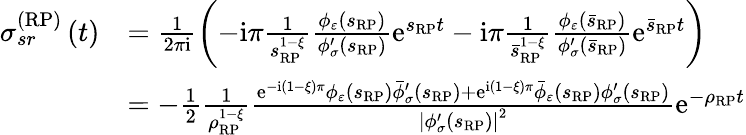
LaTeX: \begin{array}{rl}{\sigma_{sr}^{\left(\mathrm{RP}\right)}\left(t\right)}&{=\frac{1}{2\pi\mathrm{i}}\left(-\mathrm{i}\pi\frac{1}{s_{\scriptscriptstyle{\mathrm{RP}}}^{1-\xi}}\frac{\phi_{\varepsilon}\left(s_{\scriptscriptstyle{\mathrm{RP}}}\right)}{\phi_{\sigma}^{\prime}\left(s_{\scriptscriptstyle{\mathrm{RP}}}\right)}\mathrm{e}^{s_{\scriptscriptstyle{\mathrm{RP}}}t}-\mathrm{i}\pi\frac{1}{\bar{s}_{\scriptscriptstyle{\mathrm{RP}}}^{1-\xi}}\frac{\phi_{\varepsilon}\left(\bar{s}_{\scriptscriptstyle{\mathrm{RP}}}\right)}{\phi_{\sigma}^{\prime}\left(\bar{s}_{\scriptscriptstyle{\mathrm{RP}}}\right)}\mathrm{e}^{\bar{s}_{\scriptscriptstyle{\mathrm{RP}}}t}\right)}\\ &{=-\frac{1}{2}\frac{1}{\rho_{\scriptscriptstyle{\mathrm{RP}}}^{1-\xi}}\frac{\mathrm{e}^{-\mathrm{i}\left(1-\xi\right)\pi}\phi_{\varepsilon}\left(s_{\scriptscriptstyle{\mathrm{RP}}}\right)\bar{\phi}_{\sigma}^{\prime}\left(s_{\scriptscriptstyle{\mathrm{RP}}}\right)+\mathrm{e}^{\mathrm{i}\left(1-\xi\right)\pi}\bar{\phi}_{\varepsilon}\left(s_{\scriptscriptstyle{\mathrm{RP}}}\right)\phi_{\sigma}^{\prime}\left(s_{\scriptscriptstyle{\mathrm{RP}}}\right)}{\left\vert\phi_{\sigma}^{\prime}\left(s_{\scriptscriptstyle{\mathrm{RP}}}\right)\right\vert^{2}}\mathrm{e}^{-\rho_{\scriptscriptstyle{\mathrm{RP}}}t}}\end{array}